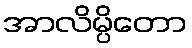
အာလိမ္ပိတော